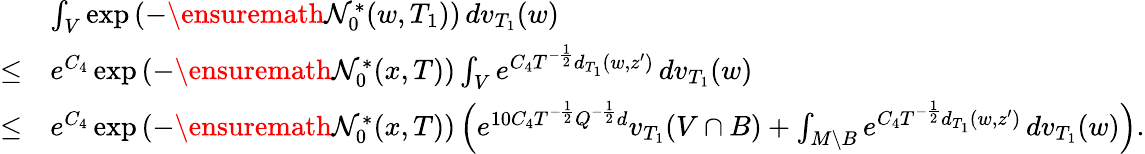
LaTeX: \begin{array}{rl}&{\int_{V}\exp\left(-\ensuremath{\mathcal{N}}_{0}^{*}(w,T_{1})\right)\, dv_{T_{1}}(w)}\\ {\le}&{e^{C_{4}}\exp\left(-\ensuremath{\mathcal{N}}_{0}^{*}(x,T)\right)\int_{V}e^{C_{4}T^{-\frac 12}d_{T_{1}}(w,z^{\prime})}\, dv_{T_{1}}(w)}\\ {\le}&{e^{C_{4}}\exp\left(-\ensuremath{\mathcal{N}}_{0}^{*}(x,T)\right)\left(e^{10C_{4}T^{-\frac 12}Q^{-\frac 12}d}v_{T_{1}}(V\cap B)+\int_{M\setminus B}e^{C_{4}T^{-\frac 12}d_{T_{1}}(w,z^{\prime})}\, dv_{T_{1}}(w)\right).}\end{array}